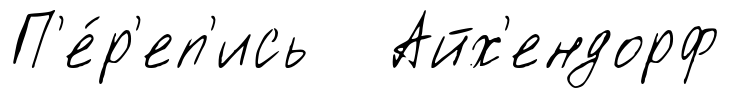
П'е́р'еп'ись Айх'ендорф